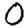
Digit: 0